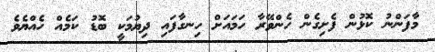
މާފަންނު ކޮޅުން ފެށިގެން ހެންވޭރާ ހަމައަށް ހިނގާފައި ދިޔުމަކީ ބޮޑު ކަމެއް ހެއްޔެވެ